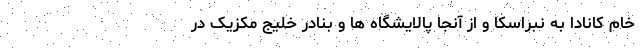
خام کانادا به نبراسکا و از آنجا پالایشگاه ها و بنادر خلیج مکزیک در